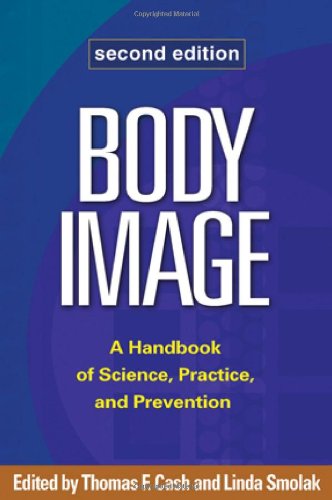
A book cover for Body Image, Second Edition: A Handbook of Science, Practice, and Prevention; Medical Books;